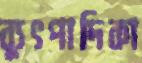
ব্যুৎপাদিকা